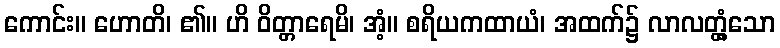
ကောင်း။ ဟောတိ၊ ၏။ ဟိ ဝိတ္တာရေမိ၊ အံ့။ စရိယကထာယံ၊ အထက်၌ လာလတ္တံ့သော